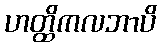
ဟတ္ထိကလဘာပိ